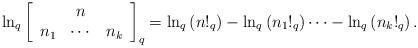
LaTeX: \begin{align*}\ln_{q}\left[\begin{array}[c]{ccc}& n & \\n_{1} & \cdots & n_{k}\end{array}\right] _{q}=\ln_{q}\left( n!_{q}\right) -\ln_{q}\left( n_{1}!_{q}\right)\cdots-\ln_{q}\left( n_{k}!_{q}\right) . \end{align*}